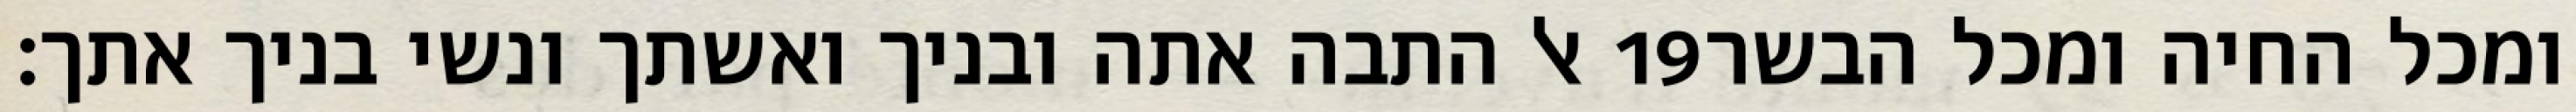
אל התבה אתה ובניך ואשתך ונשי בניך אתך׃ ‎19‏ ומכל החיה ומכל הבשר